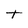
Character: t